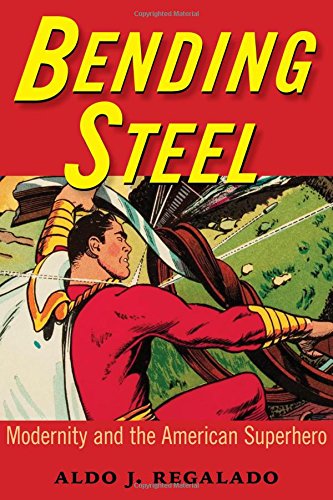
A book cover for Bending Steel: Modernity and the American Superhero; Aldo J. Regalado; Comics & Graphic Novels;